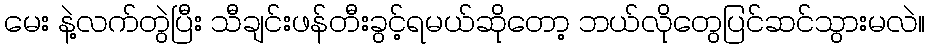
မေး နဲ့လက်တွဲပြီး သီချင်းဖန်တီးခွင့်ရမယ်ဆိုတော့ ဘယ်လိုတွေပြင်ဆင်သွားမလဲ။